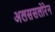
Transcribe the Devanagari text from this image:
अलससलोरेन